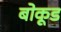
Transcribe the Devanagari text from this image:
बोकूड